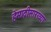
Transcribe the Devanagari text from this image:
हेमाद्रीसारख्या